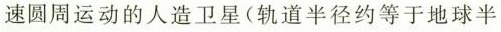
速圆周运动的人造卫星(轨道半径约等于地球半